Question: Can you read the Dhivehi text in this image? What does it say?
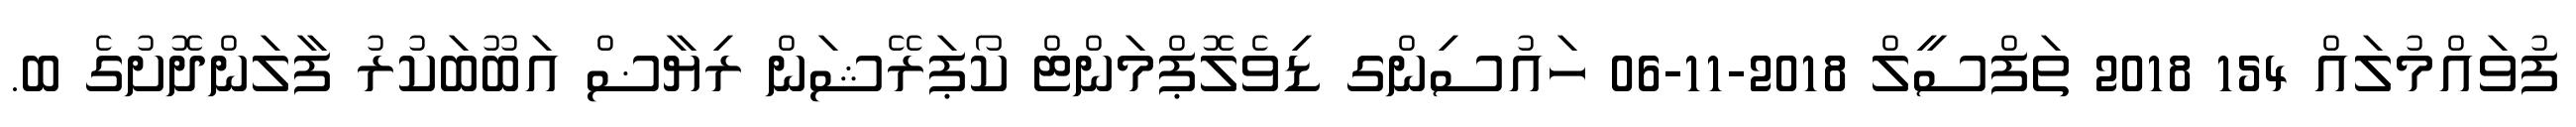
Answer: ފުވައްމުލައް 154 2018 ތަފްސީލް 2018-11-06 ހައުސިންގ ޑިވެލޮޕްމަންޓް ކޯޕަރޭޝަން ރިޔާޟް އަބޫބަކުރު ފާލަންދޮށުގެ ބ.